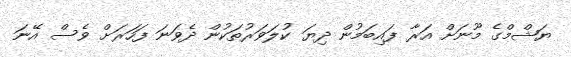
ޔަޝްމްގެ މޫނަށް އަރާ ފައިބަމުން ދިޔަ ކުލަވަރުތަކުން ދެވަނަ ފަހަރަށް ވެސް އޭނަ